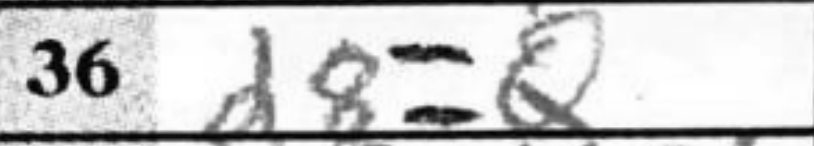
Transcription: d8=Q